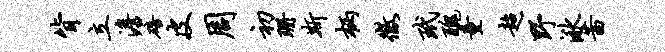
背立澹碚皮周初珊斯柄征玳丑童超野湫茜